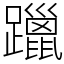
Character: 躐